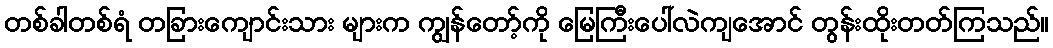
တစ်ခါတစ်ရံ တခြားကျောင်းသား များက ကျွန်တော့်ကို မြေကြီးပေါ်လဲကျအောင် တွန်းထိုးတတ်ကြသည်။